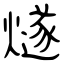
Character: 燧